Annual report of the Madras Medical College
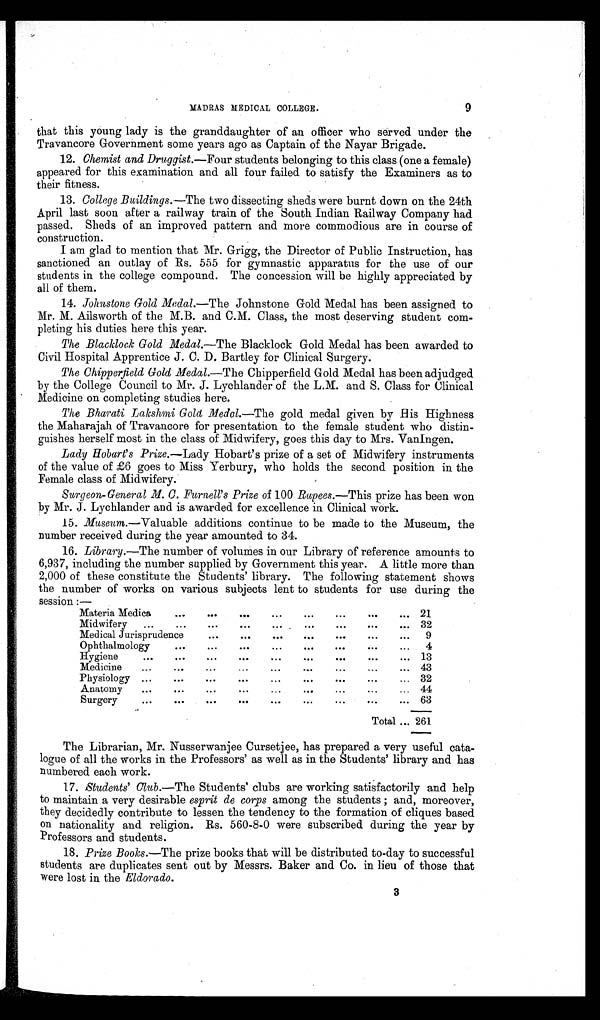
MADRAS MEDICAL COLLEGE.
9
that this young lady is the granddaughter of an officer who served under the
Travancore Government some years ago as Captain of the Nayar Brigade.
12.
Chemist and Druggist. —Four students belonging to this class (one a female)
appeared for this examination and all four failed to satisfy the Examiners as to
their fitness.
13.
College Buildings. —The two dissecting sheds were burnt down on the 24th
April last soon after a railway train of the South Indian Railway Company had
passed. Sheds of an improved pattern and more commodious are in course of
construction.
I am glad to mention that Mr. Grigg, the Director of Public Instruction, has
sanctioned an outlay of Rs. 555 for gymnastic apparatus for the use of our
students in the college compound. The concession will be highly appreciated by
all of them.
14.
Johnstone Gold Medal.—The Johnstone Gold Medal has been assigned to
Mr. M. Ailsworth of the M.B. and C.M. Class, the most deserving student com
pleting his duties here this year.
The Blacklock Gold Medal. —The Blacklock Gold Medal has been awarded to
Civil Hospital Apprentice J. C. D. Bartley for Clinical Surgery.
The Chipperfield Gold Medal. —The Chipperfield Gold Medal has been adjudged
by the College Council to Mr. J. Lychlander of the L.M. and S. Class for Clinical
Medicine on completing studies here.
The Bharati Lakshmi Gold _Medal.—The gold medal given by His Highness
the Maharajah of Travancore for presentation to the female student who distin
guishes herself most in the class of Midwifery, goes this day to Mrs. VanIngen.
Lady Hobart's Prize. —Lady Hobart's prize of a set of Midwifery instruments
of the value of £6 goes to Miss Yerbury, who holds the second position in the
Female class of Midwifery.
Surgeon-General M. C. Furnell's Prize of 100 Rupees. —This prize has been won
by Mr. J. Lychlander and is awarded for excellence in Clinical work.
15.
Museum.—Valuable additions continue to be made to the Museum, the
number received during the year amounted to 34.
16.
Library. —The number of volumes in our Library of reference amounts to
6,937, including the number supplied by Government this year. A little more than
2,000 of these constitute the Students' library. The following statement shows
the number of works on various subjects lent to students for use during the
session:—
Materia Medica
21
Midwifery
32
Medical Jurisprudence
9
Ophthalmology
4
Hygiene
13
Medicine
43
Physiology
32
Anatomy
44
Surgery
63
Total
261
The Librarian, Mr. Nusserwanjee Cursetjee, has prepared a very useful cata
logue of all the works in the Professors' as well as in the Students' library and has
numbered each work.
17.
Students' Club.—The Students' clubs are working satisfactorily and help
to maintain a very desirable esprit de corps among the students; and, moreover,
they decidedly contribute to lessen the tendency to the formation of cliques based
on nationality and religion. Rs. 560-8-0 were subscribed during the year by
Professors and students.
18.
Prize Books. —The prize books that will be distributed to-day to successful
students are duplicates sent out by Messrs. Baker and Co. in lieu of those that
were lost in the Eldorado.